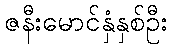
ဇနီးမောင်နှံနှစ်ဦး